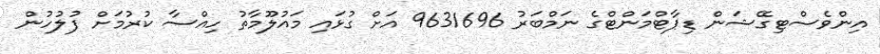
އިންވެސްޓިގޭޝަން ޑިޕާޓްމަންޓްގެ ނަމްބަރު 9631696 އަށް ގުޅައި މައުލޫމާތު ހިއްސާ ކުރުމަށް ފުލުހުން